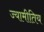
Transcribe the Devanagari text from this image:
ज्यामीतिय